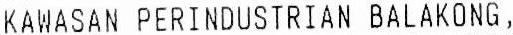
KAWASAN PERINDUSTRIAN BALAKONG,